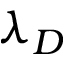
\lambda _ { D }